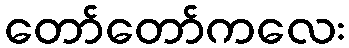
တော်တော်ကလေး